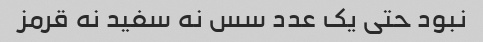
نبود حتی یک عدد سس نه سفید نه قرمز